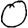
Digit: 0